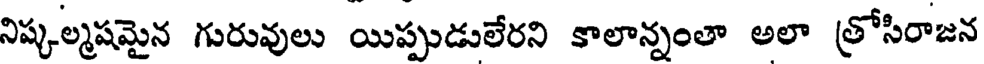
నిష్కల్మషమైన గురువులు యిప్పుడులేరని కాలాన్నంతా అలా త్రోసిరాజన